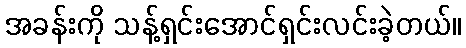
အခန်းကို သန့်ရှင်းအောင်ရှင်းလင်းခဲ့တယ်။